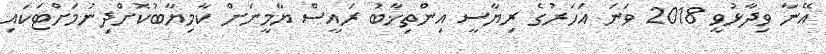
އޭނާ ވިދާޅުވީ 2018 ވަނަ އަހަރުގެ ރިޔާސީ އިންތިޚާބު ރައީސް ޔާމީނަށް ކާމިޔާބުކޮށްދިނުމަށްޓަކައި